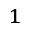
_ 1